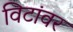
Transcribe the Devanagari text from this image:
विटांवर